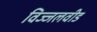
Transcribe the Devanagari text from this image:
विज्जलवीड